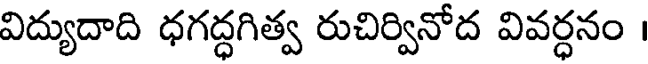
విద్యుదాది ధగద్ధగిత్వ రుచిర్వినోద వివర్ధనం